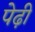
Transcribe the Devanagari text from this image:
पेढ़ी